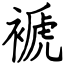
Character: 褫